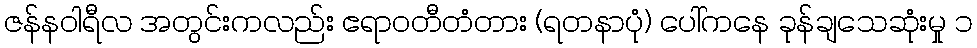
ဇန်နဝါရီလ အတွင်းကလည်း ဧရာဝတီတံတား (ရတနာပုံ) ပေါ်ကနေ ခုန်ချသေဆုံးမှု ၁